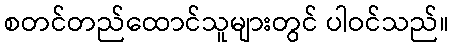
စတင်တည်ထောင်သူများတွင် ပါဝင်သည်။